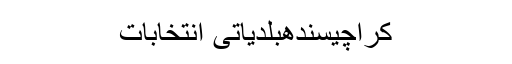
کراچیسندھبلدیاتی انتخابات